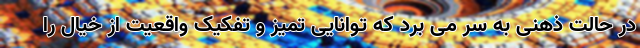
در حالت ذهنی به سر می برد که توانایی تمیز و تفکیک واقعیت از خیال را